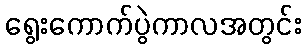
ရွေးကောက်ပွဲကာလအတွင်း